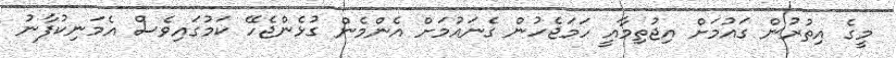
މީގެ އިތުރުން ގައުމަށް އިޖުތިމާއީ ހަމަޖެހުން ގެނައުމަށް އެންމެން ގުޅެންޖެހޭ ކަމުގައިވެސް އެމަނިކުފާނު